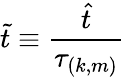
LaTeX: \tilde{t}\equiv\frac{\hat{t}}{\tau_{(k,m)}}